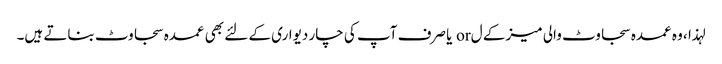
لہذا ، وہ عمدہ سجاوٹ والی میز کے ل or یا صرف آپ کی چار دیواری کے لئے بھی عمدہ سجاوٹ بناتے ہیں۔